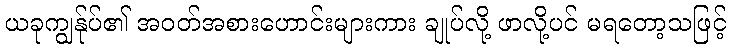
ယခုကျွန်ုပ်၏ အဝတ်အစားဟောင်းများကား ချုပ်လို့ ဖာလို့ပင် မရတော့သဖြင့်